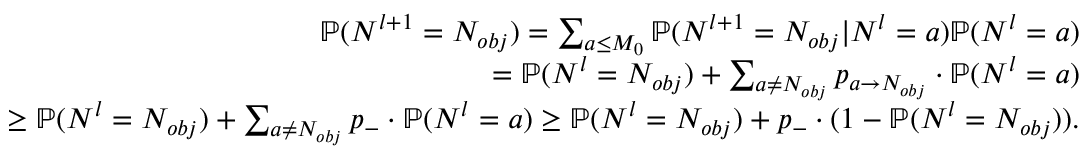
\begin{array} { r l r } & { \ } & { \mathbb { P } ( N ^ { l + 1 } = N _ { o b j } ) = \sum _ { a \le M _ { 0 } } \mathbb { P } ( N ^ { l + 1 } = N _ { o b j } | N ^ { l } = a ) \mathbb { P } ( N ^ { l } = a ) } \\ & { \ } & { = \mathbb { P } ( N ^ { l } = N _ { o b j } ) + \sum _ { a \neq N _ { o b j } } p _ { a \to N _ { o b j } } \cdot \mathbb { P } ( N ^ { l } = a ) } \\ & { \ } & { \ge \mathbb { P } ( N ^ { l } = N _ { o b j } ) + \sum _ { a \neq N _ { o b j } } p _ { - } \cdot \mathbb { P } ( N ^ { l } = a ) \ge \mathbb { P } ( N ^ { l } = N _ { o b j } ) + p _ { - } \cdot ( 1 - \mathbb { P } ( N ^ { l } = N _ { o b j } ) ) . } \end{array}